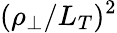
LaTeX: (\rho_{\perp}/L_{T})^{2}